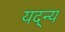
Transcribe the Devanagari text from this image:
यद्न्य